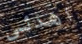
اهدئى